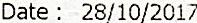
DATE : 28/10/2017